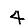
Digit: 4